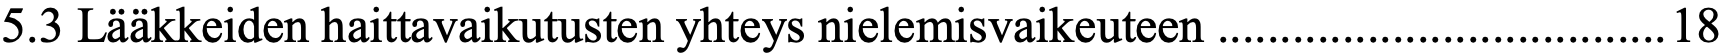
5.3 Lääkkeiden haittavaikutusten yhteys nielemisvaikeuteen .................................... 18